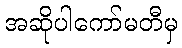
အဆိုပါကော်မတီမှ